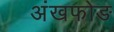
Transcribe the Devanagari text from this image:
अंखफोङ